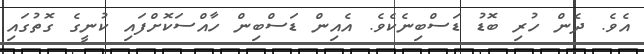
އެވެ. ދެން ހުރި ބޮޑު ޑަސްބިނެކެވެ. އެއިން ޑަސްބިން ހާއްސަކޮށްފައި ކުނީގެ ގޮތުގައި